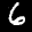
Label: 6